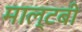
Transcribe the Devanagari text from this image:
माल्टबी